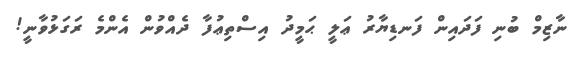
ނާޒިމް ބުނި ފަދައިން ފަނޑިޔާރު ޢަލީ ޙަމީދު އިސްތިޢުފާ ދެއްވުން އެންމެ ރަގަޅުވާނީ!